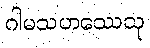
ဂါမသဟဿေသု